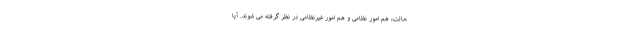
حالت، هم امور نظامی و هم امور غیرنظامی در نظر گرفته می شوند. آیا